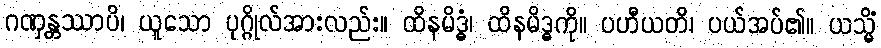
ဂဏှန္တဿာပိ၊ ယူသော ပုဂ္ဂိုလ်အားလည်း။ ထိနမိဒ္ဓံ၊ ထိနမိဒ္ဓကို။ ပဟီယတိ၊ ပယ်အပ်၏။ ယသ္မိံ